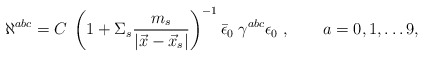
\begin{align*}\aleph^{abc} = C\;\left (1+ \Sigma_s {m_s \over |\vec x - \vec x_s|}\right )^{-1} \bar\epsilon_0 \;\gamma^{abc} \epsilon_0\ , \qquad a = 0,1,\dots 9,\end{align*}